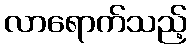
လာရောက်သည့်